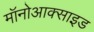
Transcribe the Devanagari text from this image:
मॉनोआक्साइड